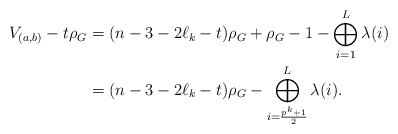
\begin{align*}V_{(a,b)}-t\rho_G& = (n-3-2\ell_k-t)\rho_G + \rho_G - 1 - \bigoplus_{i=1}^L \lambda(i)\\ & = (n-3-2\ell_k-t)\rho_G - \bigoplus_{i=\frac{p^k+1}{2}}^L \lambda(i). \end{align*}